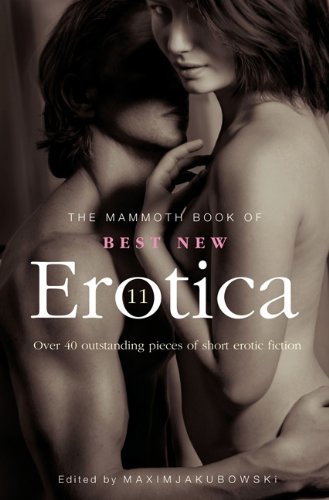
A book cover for The Mammoth Book of Best New Erotica 11; Romance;